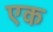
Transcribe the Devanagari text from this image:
एक